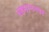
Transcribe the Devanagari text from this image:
रहमाननगर